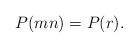
LaTeX: \begin{align*}P(mn)=P(r).\end{align*}